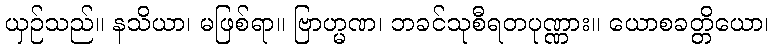
ယှဉ်သည်။ နသိယာ၊ မဖြစ်ရာ။ ဗြာဟ္မဏ၊ ဘခင်သုစီရတပုဏ္ဏား။ ယောစခတ္တိယော၊